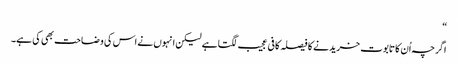
“
اگرچہ اُن کا تابوت خریدنے کا فیصلہ کافی عجیب لگتا ہے لیکن انہوں نے اس کی وضاحت بھی کی ہے۔